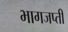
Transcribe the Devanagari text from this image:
भागजप्ती